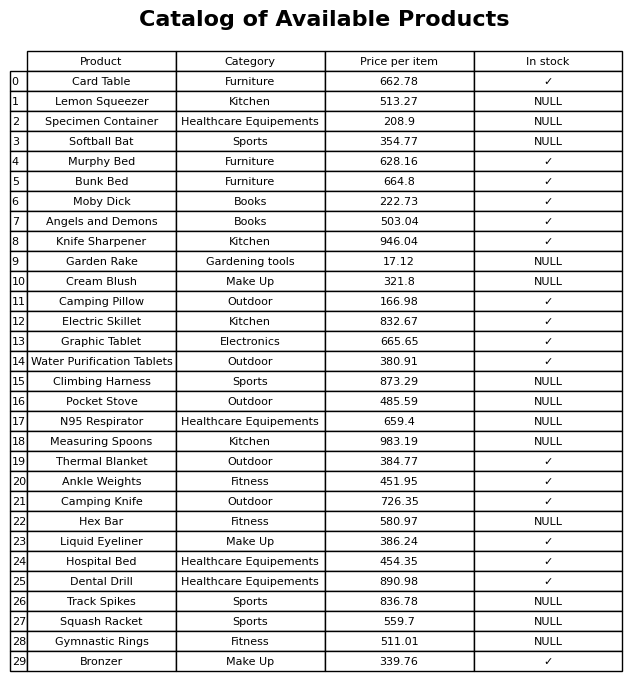
question: What category does the Camping Pillow belong to?
answer: Outdoor